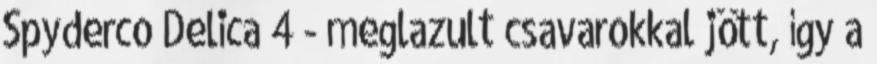
Spyderco Delica 4 - meglazult csavarokkal jött, így a